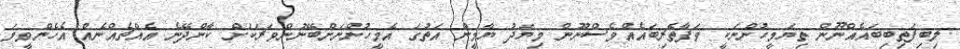
ލިބިފަތިބިބައެއްނޫން ތިޔަމީހުންނަކީ ވަފާތެރިބައެއްވެސްނޫން މިޔަދު ޔާމީން އަތުގަ އެމީހުންނަށްބޭނުންވަރަކަށް ކާންދޭނެ އެއްޗެއްނެއް އެހެންވީމަ